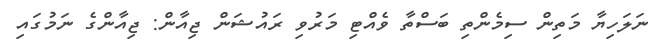
ނަލަހިޔާ މަތިން ސިމެންތި ބަސްތާ ވެއްޓި މަރުވި ރައުޝަން ޖިއާން: ޖިއާންގެ ނަމުގައި